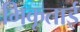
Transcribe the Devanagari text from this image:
भिकूताई